Enquiry on enteric fever in India - Number 32
Disease focus: Fever
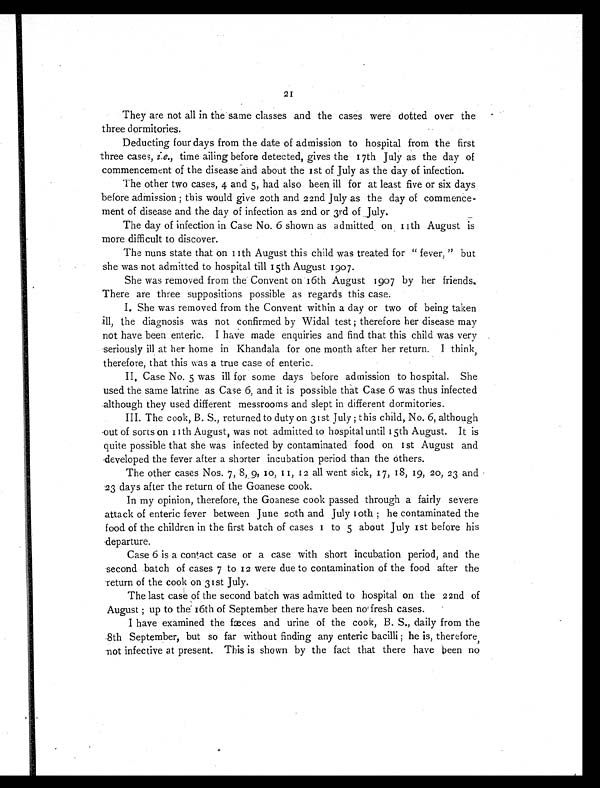
21
They are not all in the same classes and the cases were dotted over the
three dormitories.
Deducting four days from the date of admission to hospital from the first
three cases, i.e., time ailing before detected, gives the 17th July as the day of
commencement of the disease and about the 1st of July as the day of infection.
The other two cases, 4 and 5, had also been ill for at least five or six days
before admission ; this would give 20th and 22nd July as the day of commence-
ment of disease and the day of infection as 2nd or 3rd of July.
The day of infection in Case No. 6 shown as admitted on 11th August is
more difficult to discover.
The nuns state that on 11th August this child was treated for " fever, " but
she was not admitted to hospital till 15th August 1907.
She was removed from the Convent on 16th August 1907 by her friends.
There are three suppositions possible as regards this case.
I. She was removed from the Convent within a day or two of being taken
ill, the diagnosis was not confirmed by Tidal test ; therefore her disease may
not have been enteric. I have made enquiries and find that this child was very
seriously ill at her home in khandala for one month after her return. I think,
therefore, that this was a true case of enteric.
II. Case No. 5 was ill for some days before admission to hospital. She
used the same latrine as Case 6, and it is possible that Case 6 was thus infected
although they used different messrooms and slept in different dormitories.
III. The cook, B. S., returned to duty on 31st July ; this child, No. 6, although
out of sorts on 11th August, was not admitted to hospital until 15th August. It is
quite possible that she was infected by contaminated food on 1st August and
developed the fever after a shorter incubation period than the others.
The other cases Nos. 7, 8, 9, 10, 11,12 all went sick, 17, 18, 19, 20, 23 and
23 days after the return of the Goanese cook.
In my opinion, therefore, the Goanese cook passed through a fairly severe
attack of enteric fever between June 20th and July l0th ; he contaminated the
food of the children in the first batch of cases 1 to 5 about July 1st before his
departure.
Case 6 is a contact case or a case with short incubation period, and the
second batch of cases 7 to 12 were due to contamination of the food after the
return of the cook on 31st July.
The last case of the second batch was admitted to hospital on the 22nd of
August ; up to the 16th of September there have been no fresh cases.
I have examined the fæces and urine of the cook, B. S., daily from the
8th September, but so far without finding any enteric bacilli ; he is, therefore,
not infective at present. This is shown by the fact that there have been no